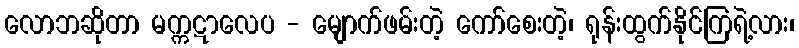
လောဘဆိုတာ မက္ကဋာလေပ - မျောက်ဖမ်းတဲ့ ကော်စေးတဲ့၊ ရုန်းထွက်နိုင်ကြရဲ့လား၊